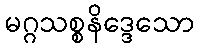
မဂ္ဂသစ္စနိဒ္ဒေသော